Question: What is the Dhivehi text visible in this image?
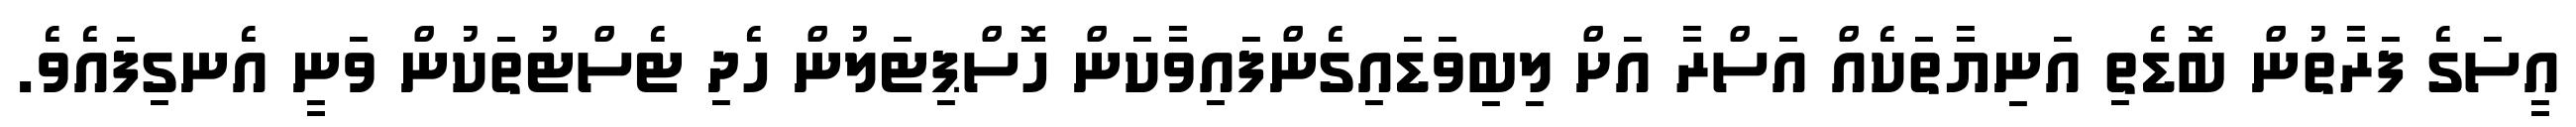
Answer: އީސަގެ ފަރާތުން ބޮޑެތި އަނިޔާތަކެއް އަސްރާ އަށް ލިބިވަޑައިގެންފައިވާކަން ހޮސްޕިޓަލުން ހެދި ޓެސްޓުތަކުން ވަނީ އެނގިފައެވެ.